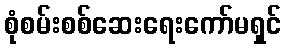
စုံစမ်းစစ်ဆေးရေးကော်မရှင်